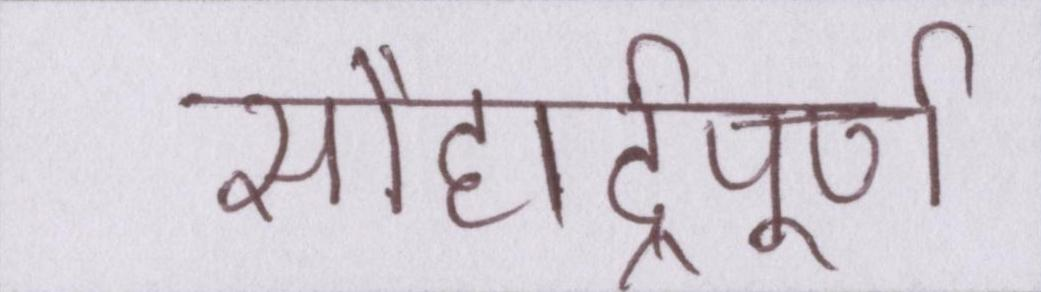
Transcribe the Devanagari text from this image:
सौहार्द्रपूर्ण